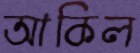
আকিল